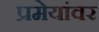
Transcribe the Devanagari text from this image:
प्रमेयांवर